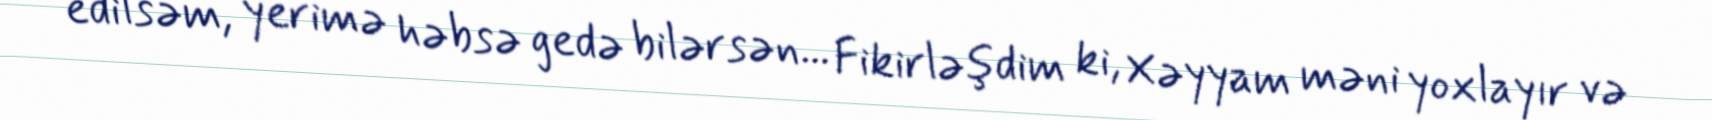
edilsəm, yerimə həbsə gedə bilərsən... Fikirləşdim ki, Xəyyam məni yoxlayır və